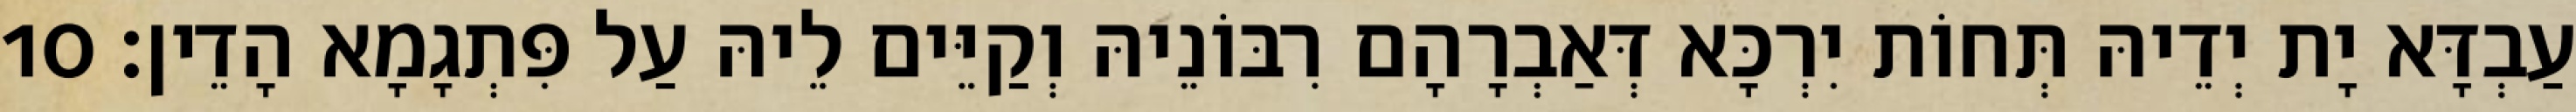
עַבְדָּא יָת יְדֵיהּ תְּחוֹת יִרְכָּא דְּאַבְרָהָם רִבּוֹנֵיהּ וְקַיֵּים לֵיהּ עַל פִּתְגָמָא הָדֵין׃ 10